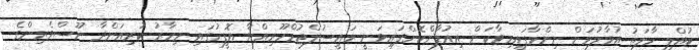
ކުއްލި ހާލަތު އުވާލުމަށް ނިންމާފައިމިވާކަން އިއުލާންކޮށްފައިވަނީ ރައީސުލްޖުމްހޫރިއްޔާ އޮފީހުގައި މިހާރު ކުރިއަށްދާ ނޫސްވެރިންގެ